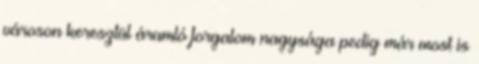
városon keresztül áramló forgalom nagysága pedig már most is